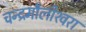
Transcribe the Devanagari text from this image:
चन्‍द्रमौलीश्‍वरा